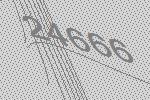
24666